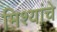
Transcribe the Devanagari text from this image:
मिश्यांचे